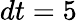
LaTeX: dt=5